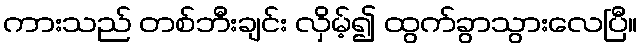
ကားသည် တစ်ဘီးချင်း လှိမ့်၍ ထွက်ခွာသွားလေပြီ။